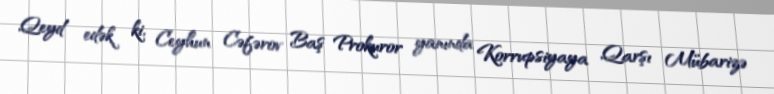
Qeyd edək ki, Ceyhun Cəfərov Baş Prokuror yanında Korrupsiyaya Qarşı Mübarizə